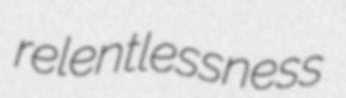
relentlessness